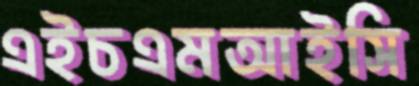
এইচএমআইসি